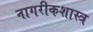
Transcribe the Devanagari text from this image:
नागरीकशास्त्र